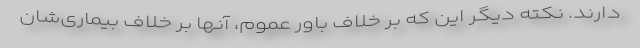
دارند. نکته دیگر این که بر خلاف باور عموم، آنها بر خلاف بیماری‌شان